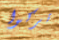
تركوا